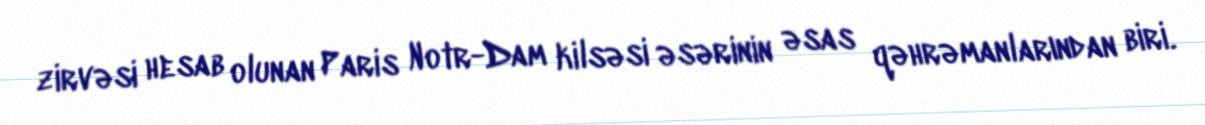
zirvəsi hesab olunan Paris Notr-Dam kilsəsi əsərinin əsas qəhrəmanlarından biri.